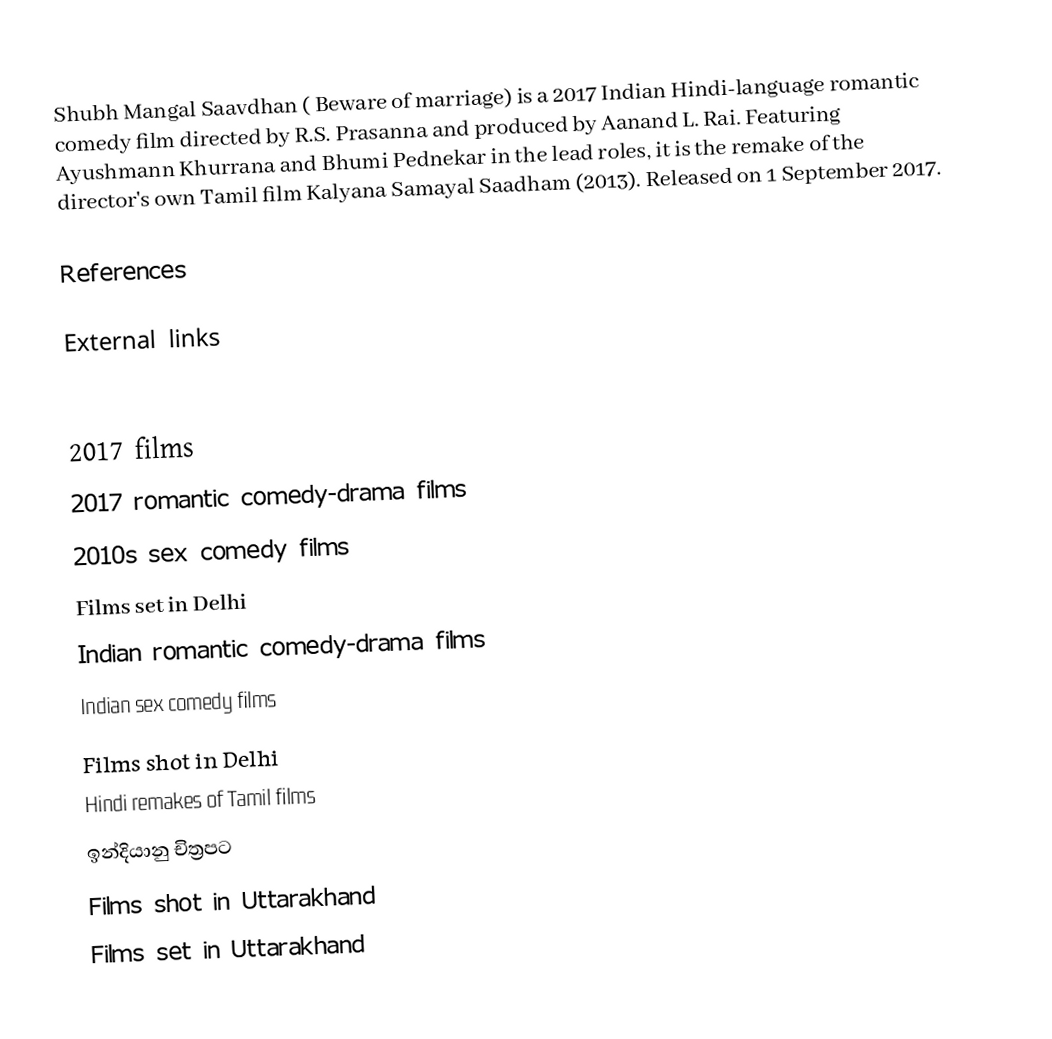
Shubh Mangal Saavdhan ( Beware of marriage) is a 2017 Indian Hindi-language romantic comedy film directed by R.S. Prasanna and produced by Aanand L. Rai. Featuring Ayushmann Khurrana and Bhumi Pednekar in the lead roles, it is the remake of the director's own Tamil film Kalyana Samayal Saadham (2013). Released on 1 September 2017.

References

External links

2017 films
2017 romantic comedy-drama films
2010s sex comedy films
Films set in Delhi
Indian romantic comedy-drama films
Indian sex comedy films
Films shot in Delhi
Hindi remakes of Tamil films
ඉන්දියානු චිත්‍රපට
Films shot in Uttarakhand
Films set in Uttarakhand